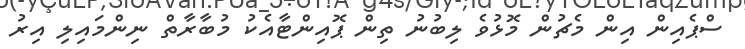
ސްޕެއިން އިން މެޗުން މޮޅުވެ ލިބުނު ތިން ޕޮއިންޓާއެކު މުބާރާތް ނިންމައިލި އިރު